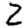
Digit: 2